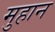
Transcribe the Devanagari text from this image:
मुहान